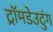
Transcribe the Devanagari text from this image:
ट्रॉमडेउटुंग